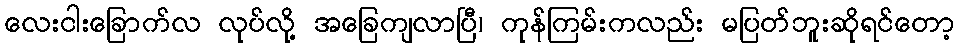
လေးငါးခြောက်လ လုပ်လို့ အခြေကျလာပြီ၊ ကုန်ကြမ်းကလည်း မပြတ်ဘူးဆိုရင်တော့